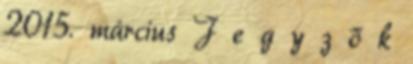
2015. március J e g y z ő k